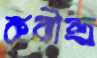
কবীন্দ্র